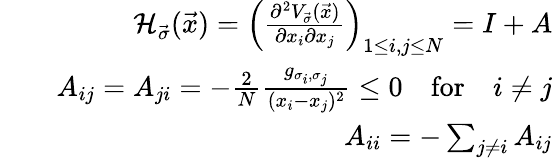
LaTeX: \begin{array}{rlr}&{}&{\mathcal{H}_{\vec{\sigma}}(\vec{x})=\left(\frac{\partial^{2}V_{\vec{\sigma}}(\vec{x})}{\partial x_{i}\partial x_{j}}\right)_{1\leq i,j\leq N}=I+A}\\ &{}&{A_{ij}=A_{ji}=-\frac{2}{N}\frac{g_{\sigma_{i},\sigma_{j}}}{(x_{i}-x_{j})^{2}}\leq 0\quad\mathrm{for}\quad i\neq j}\\ &{}&{A_{ii}=-\sum_{j\neq i}A_{ij}}\end{array}